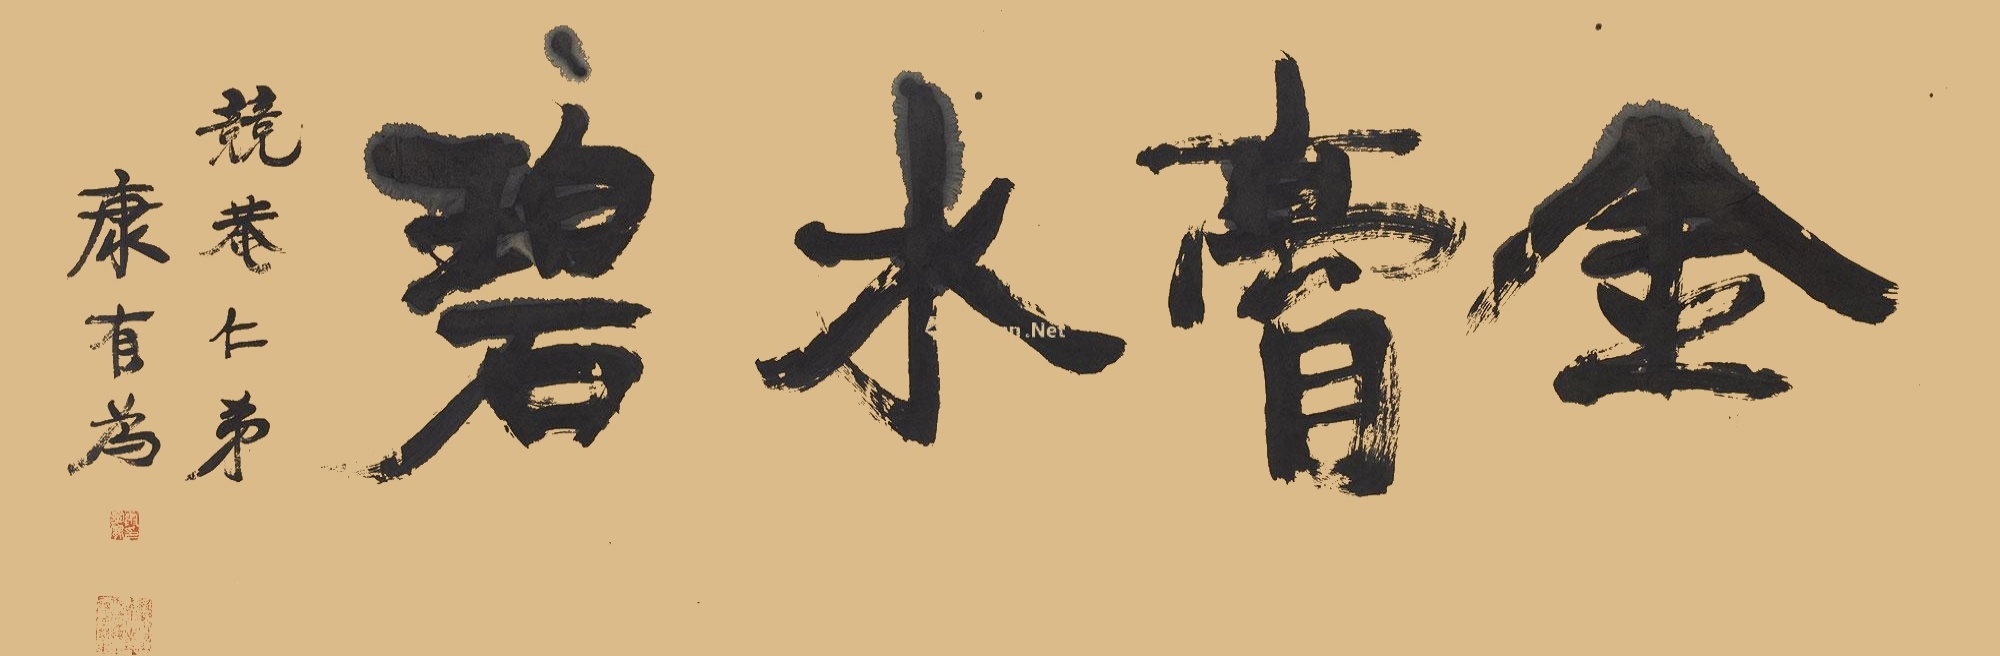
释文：金膏水碧。竞庵仁弟。康有为。